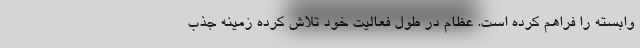
وابسته را فراهم کرده است. عظام در طول فعالیت خود تلاش کرده زمینه جذب